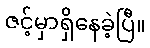
ဇင့်မှာရှိနေခဲ့ပြီ။